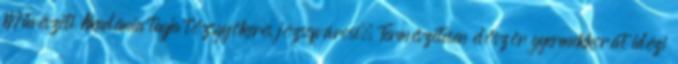
Művészeti Akadémia tagja tőzsgyökeres józsefvárosi. Természetesen először gyermekkorát idézi